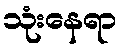
သုံးနေရာ